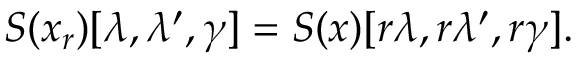
S ( x _ { r } ) [ \lambda , \lambda ^ { \prime } , \gamma ] = S ( x ) [ r \lambda , r \lambda ^ { \prime } , r \gamma ] .